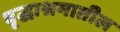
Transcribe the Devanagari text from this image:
वृद्धाश्रमातील